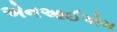
એનઆઈએચ